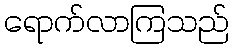
ရောက်လာကြသည်